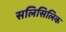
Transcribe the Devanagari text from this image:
सलिसिलिक